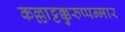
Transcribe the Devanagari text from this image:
कल्लाट्टक्कुरुप्पन्मार